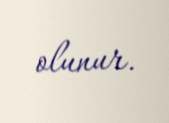
olunur.